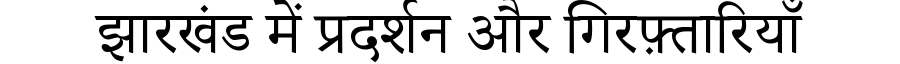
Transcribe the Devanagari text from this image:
झारखंड में प्रदर्शन और गिरफ़्तारियाँ